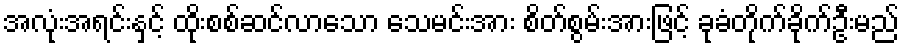
အလုံးအရင်းနှင့် ထိုးစစ်ဆင်လာသော သေမင်းအား စိတ်စွမ်းအားဖြင့် ခုခံတိုက်ခိုက်ဦးမည်